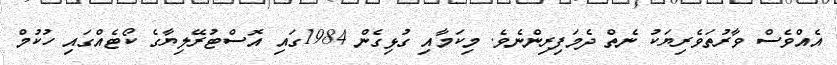
އެއްވެސް ވާރުތަވެރިޔަކު ނެތް ދެމަފިރިންނެވެ. މިކަމާއި ގުޅިގެން 1984ގައި އޮސްޓުރޭލިޔާގެ ކޯޓެއްގައި ހުކުމް